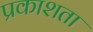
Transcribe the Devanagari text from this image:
प्रकाशता